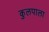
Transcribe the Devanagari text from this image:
कुलपाला